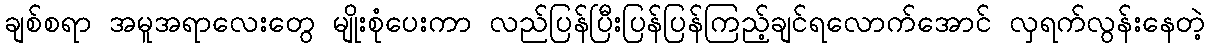
ချစ်စရာ အမူအရာလေးတွေ မျိုးစုံပေးကာ လည်ပြန်ပြီးပြန်ပြန်ကြည့်ချင်ရလောက်အောင် လှရက်လွန်းနေတဲ့